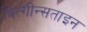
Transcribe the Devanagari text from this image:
वित्गीन्सताइन